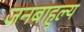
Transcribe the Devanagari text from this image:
जनबाहुल्य